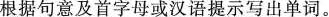
根据句意及首字母或汉语提示写出单词。